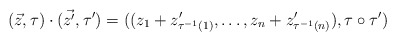
\begin{align*}(\vec{z},\tau) \cdot (\vec{z'},\tau')=((z_1+z'_{\tau^{-1}(1)},\dots,z_n+z'_{\tau^{-1}(n)}),\tau \circ \tau')\end{align*}